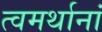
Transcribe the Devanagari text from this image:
त्वमर्थानां